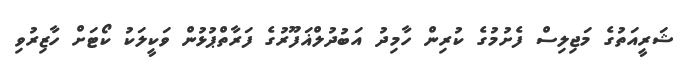
ޝަރީއަތުގެ މަޖިލިސް ފެށުމުގެ ކުރިން ހާމިދު އަބުދުލްޣަފޫރުގެ ފަރާތްޕުޅުން ވަކީލަކު ކޯޓަށް ހާޒިރުވި